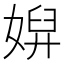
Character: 㜒